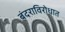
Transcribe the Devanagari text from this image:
बंदराविरोधात